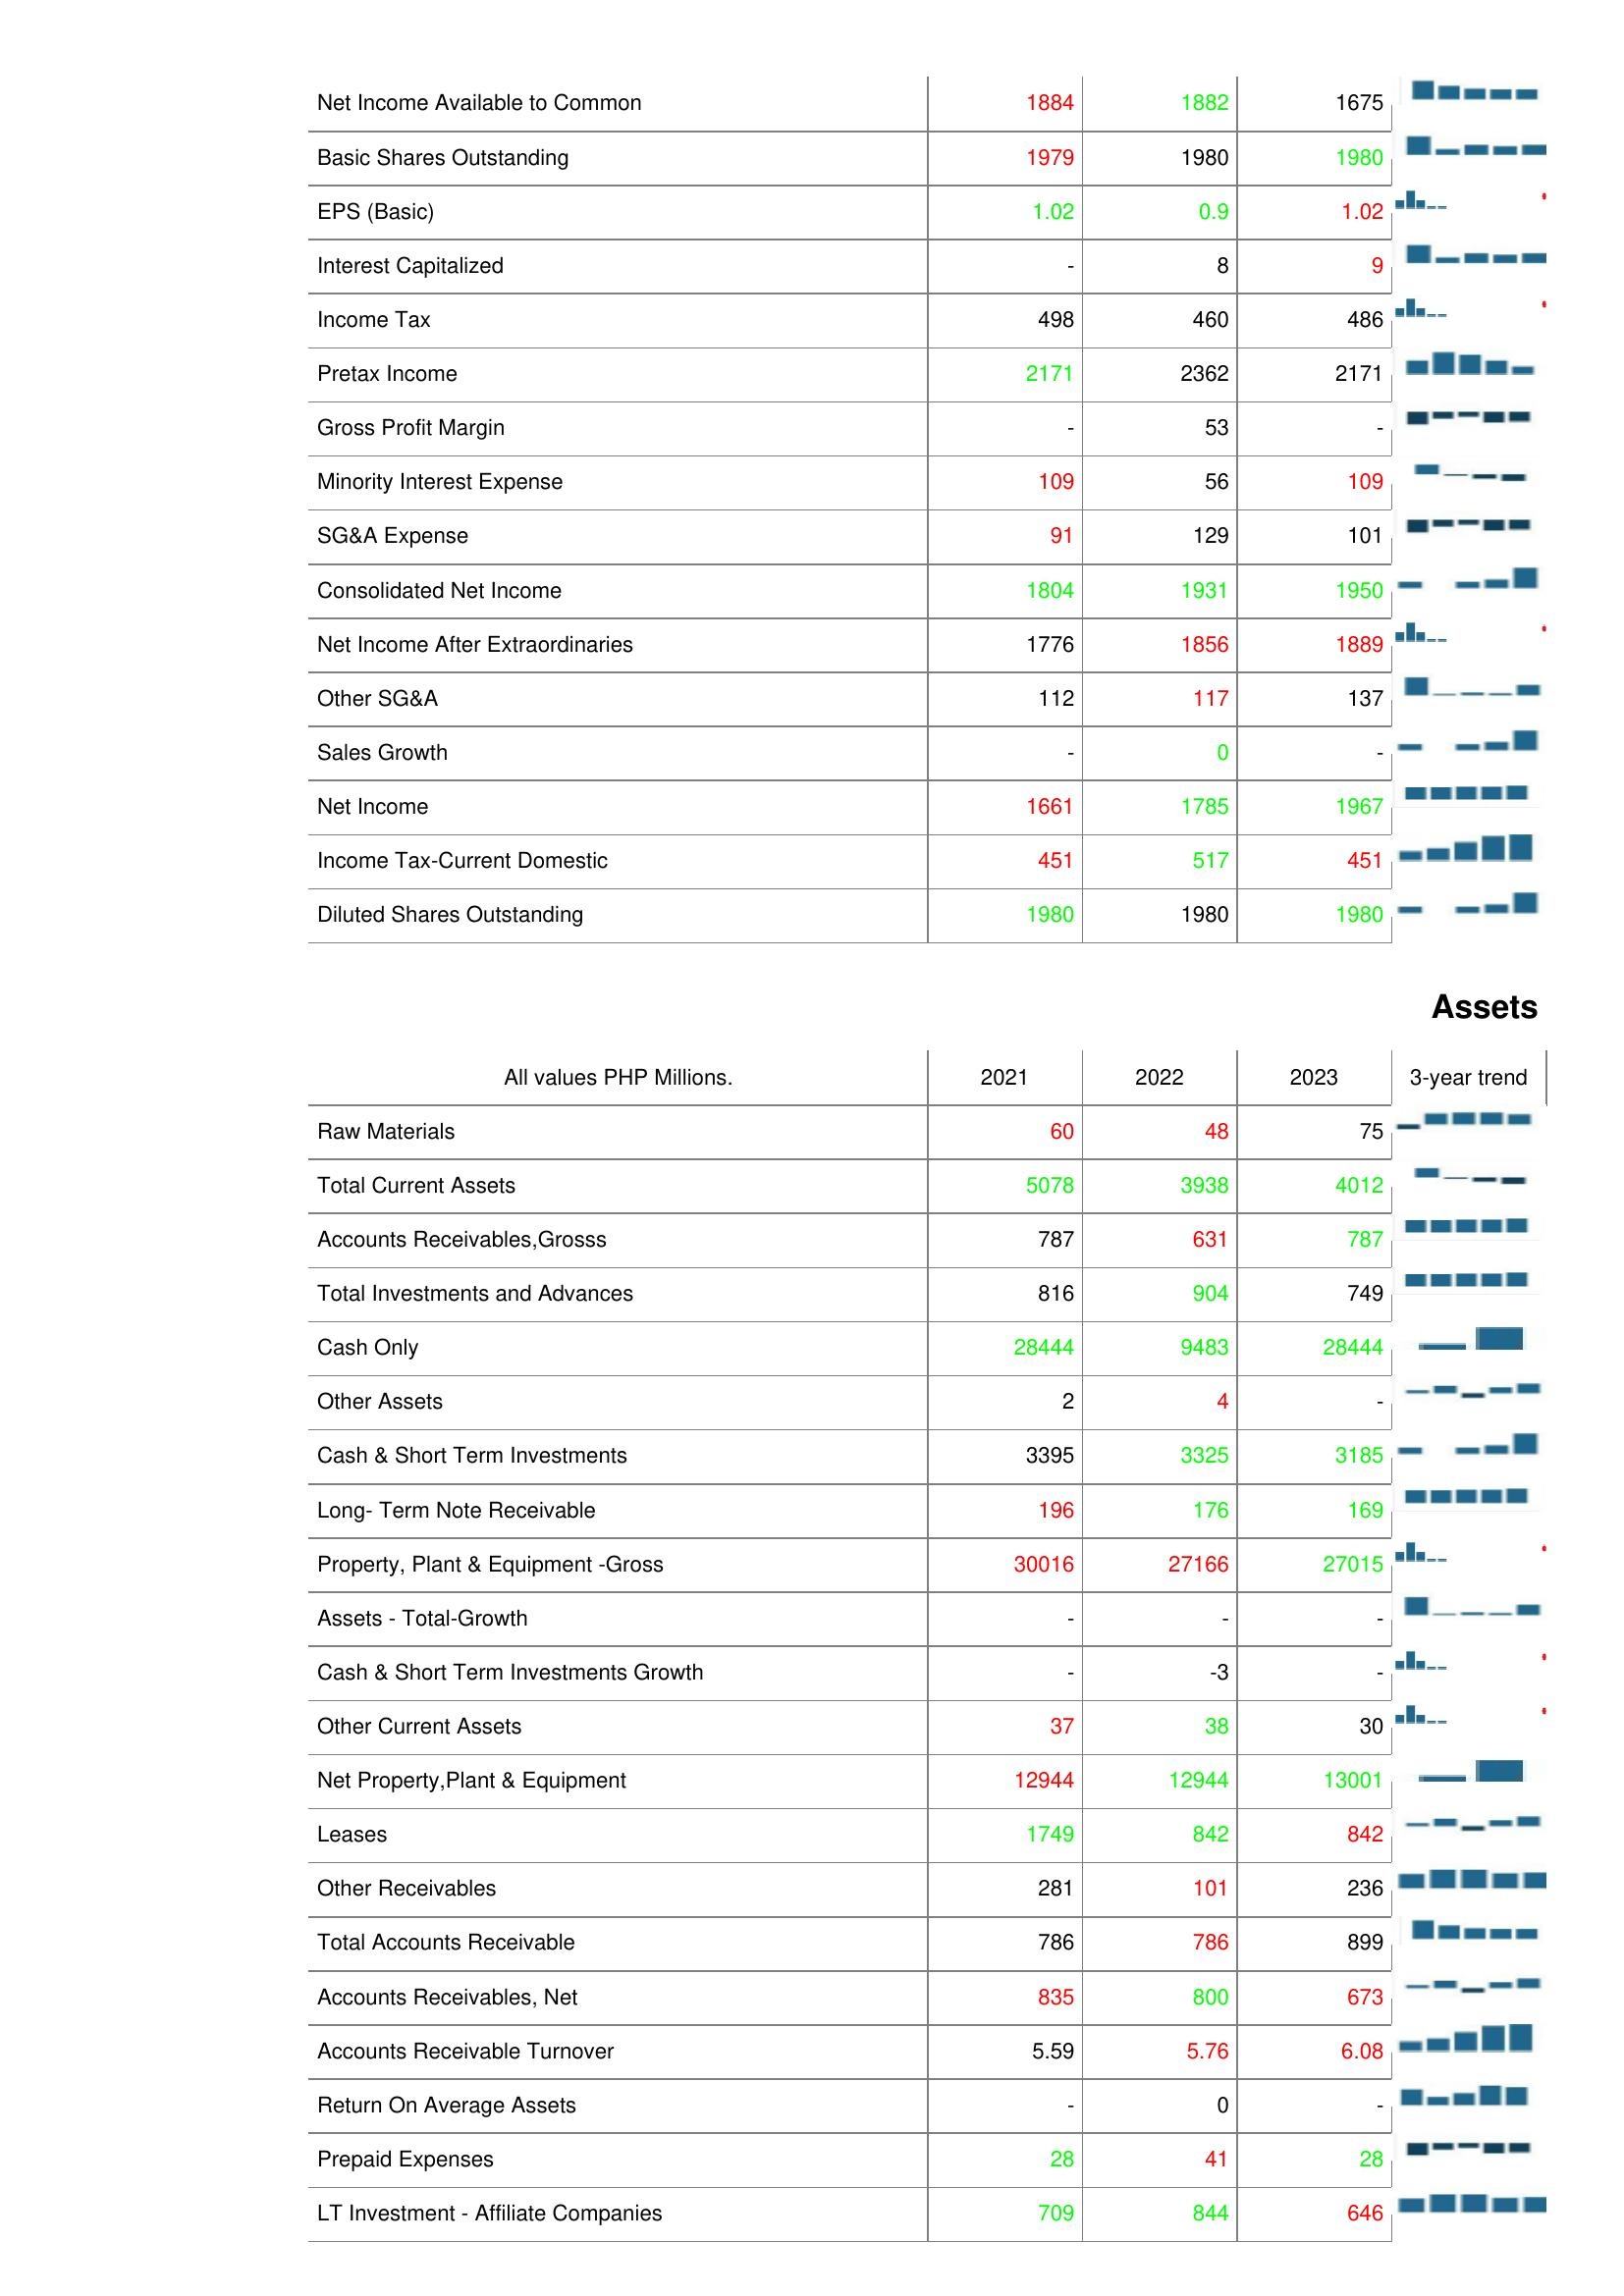
2021: : Net Income Available to Common: 1884
Basic Shares Outstanding: 1979
EPS (Basic): 1.02
Interest Capitalized: -
Income Tax: 498
Pretax Income: 2171
Gross Profit Margin: -
Minority Interest Expense: 109
SG&A Expense: 91
Consolidated Net Income: 1804
Net Income After Extraordinaries: 1776
Other SG&A: 112
Sales Growth: -
Net Income: 1661
Income Tax-Current Domestic: 451
Diluted Shares Outstanding: 1980
Assets: Raw Materials: 60
Total Current Assets: 5078
Accounts Receivables,Grosss: 787
Total Investments and Advances: 816
Cash Only: 28444
Other Assets: 2
Cash & Short Term Investments: 3395
Long- Term Note Receivable: 196
Property, Plant & Equipment -Gross: 30016
Assets - Total-Growth: -
Cash & Short Term Investments Growth: -
Other Current Assets: 37
Net Property,Plant & Equipment: 12944
Leases: 1749
Other Receivables: 281
Total Accounts Receivable: 786
Accounts Receivables, Net: 835
Accounts Receivable Turnover: 5.59
Return On Average Assets: -
Prepaid Expenses: 28
LT Investment - Affiliate Companies: 709
2022: : Net Income Available to Common: 1882
Basic Shares Outstanding: 1980
EPS (Basic): 0.9
Interest Capitalized: 8
Income Tax: 460
Pretax Income: 2362
Gross Profit Margin: 53
Minority Interest Expense: 56
SG&A Expense: 129
Consolidated Net Income: 1931
Net Income After Extraordinaries: 1856
Other SG&A: 117
Sales Growth: 0
Net Income: 1785
Income Tax-Current Domestic: 517
Diluted Shares Outstanding: 1980
Assets: Raw Materials: 48
Total Current Assets: 3938
Accounts Receivables,Grosss: 631
Total Investments and Advances: 904
Cash Only: 9483
Other Assets: 4
Cash & Short Term Investments: 3325
Long- Term Note Receivable: 176
Property, Plant & Equipment -Gross: 27166
Assets - Total-Growth: -
Cash & Short Term Investments Growth: -3
Other Current Assets: 38
Net Property,Plant & Equipment: 12944
Leases: 842
Other Receivables: 101
Total Accounts Receivable: 786
Accounts Receivables, Net: 800
Accounts Receivable Turnover: 5.76
Return On Average Assets: 0
Prepaid Expenses: 41
LT Investment - Affiliate Companies: 844
2023: : Net Income Available to Common: 1675
Basic Shares Outstanding: 1980
EPS (Basic): 1.02
Interest Capitalized: 9
Income Tax: 486
Pretax Income: 2171
Gross Profit Margin: -
Minority Interest Expense: 109
SG&A Expense: 101
Consolidated Net Income: 1950
Net Income After Extraordinaries: 1889
Other SG&A: 137
Sales Growth: -
Net Income: 1967
Income Tax-Current Domestic: 451
Diluted Shares Outstanding: 1980
Assets: Raw Materials: 75
Total Current Assets: 4012
Accounts Receivables,Grosss: 787
Total Investments and Advances: 749
Cash Only: 28444
Other Assets: -
Cash & Short Term Investments: 3185
Long- Term Note Receivable: 169
Property, Plant & Equipment -Gross: 27015
Assets - Total-Growth: -
Cash & Short Term Investments Growth: -
Other Current Assets: 30
Net Property,Plant & Equipment: 13001
Leases: 842
Other Receivables: 236
Total Accounts Receivable: 899
Accounts Receivables, Net: 673
Accounts Receivable Turnover: 6.08
Return On Average Assets: -
Prepaid Expenses: 28
LT Investment - Affiliate Companies: 646